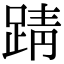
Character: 𫏏